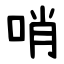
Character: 哨